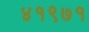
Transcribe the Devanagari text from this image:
४१९७१